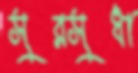
সুরসুধা